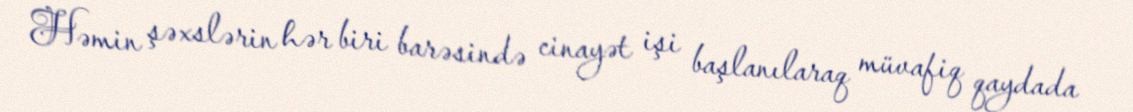
Həmin şəxslərin hər biri barəsində cinayət işi başlanılaraq müvafiq qaydada